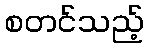
စတင်သည့်